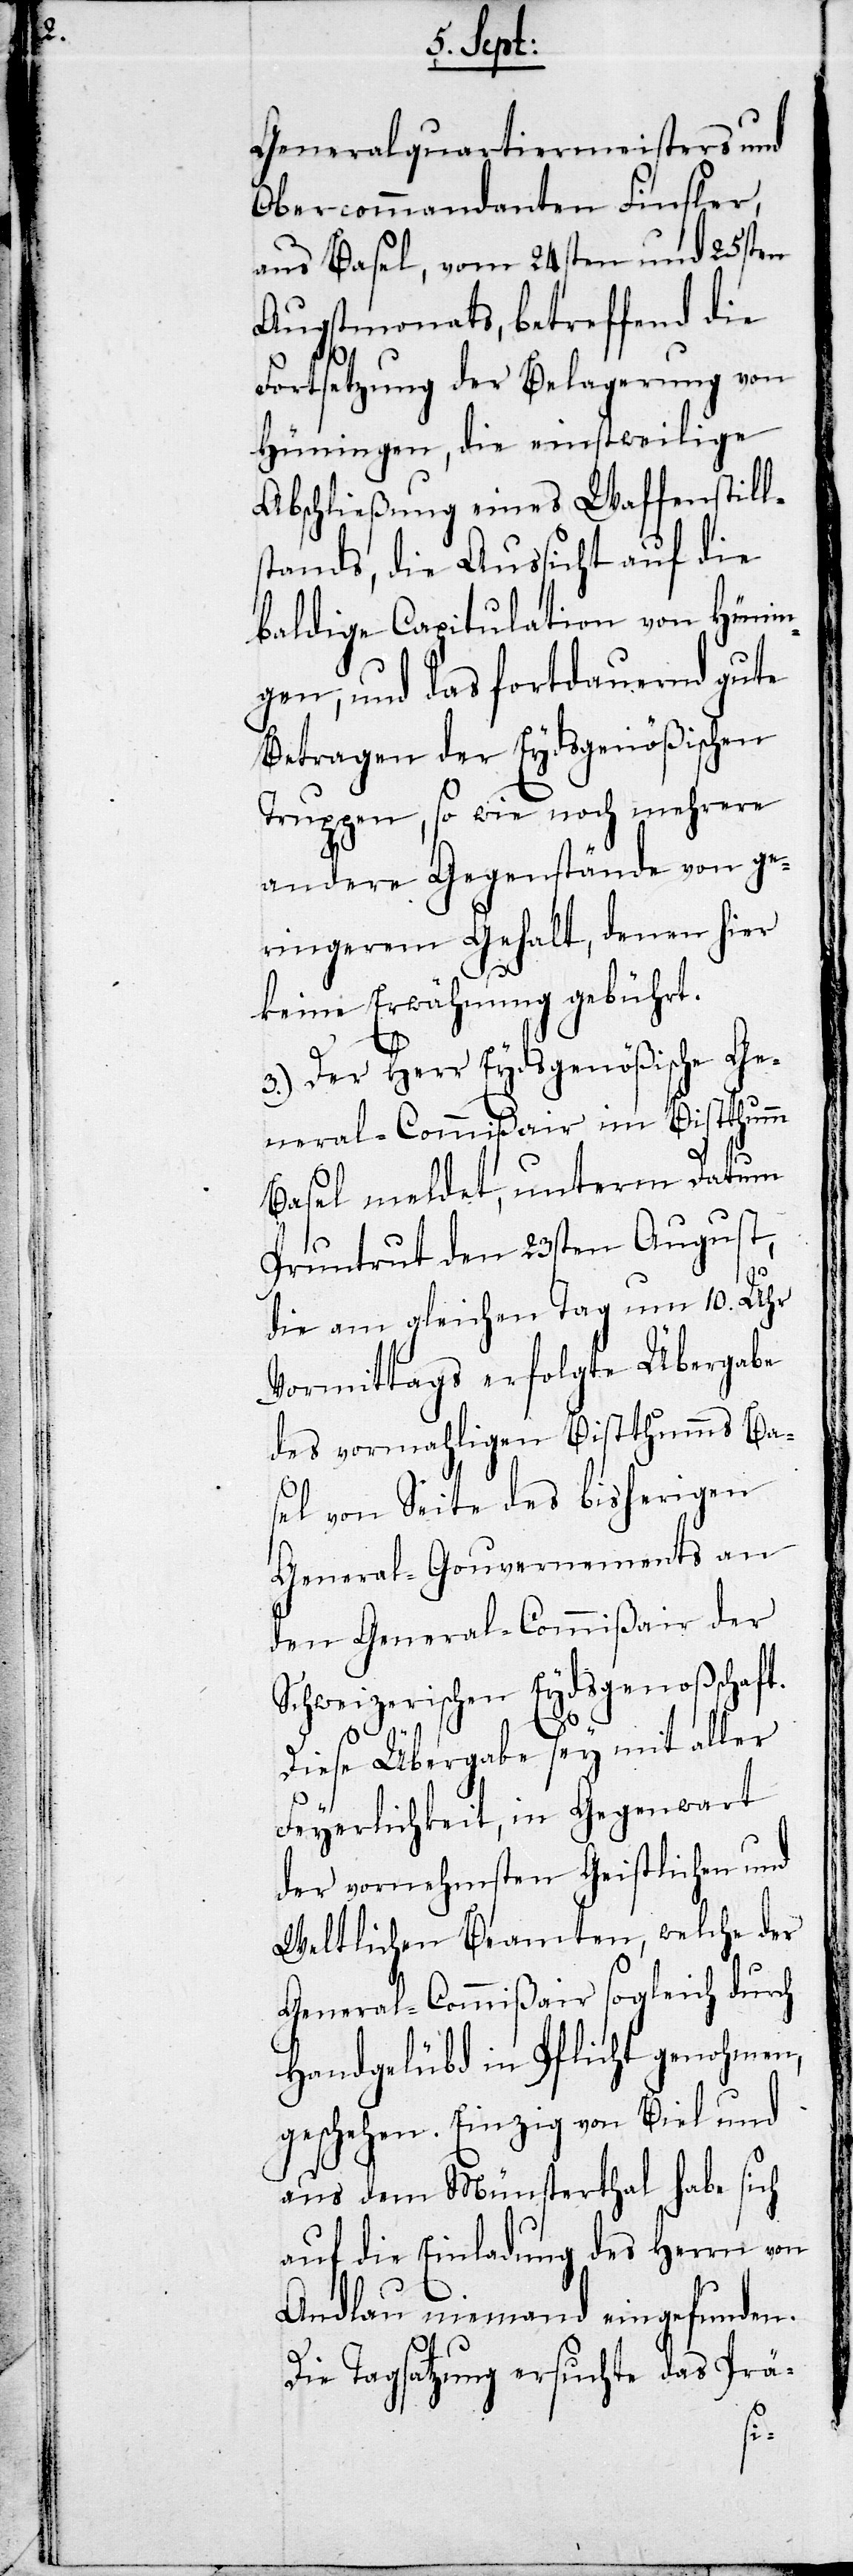
Generalquartiermeisters und
Obercommandanten Finsler,
aus Basel, vom 24sten und 25sten
Augstmonats, betreffend die
Fortsetzung der Belagerung von
Hüningen, die einstweilige
Abschließung eines Waffenstill¬
stands, die Aussicht auf die
baldige Capitulation von Hünin¬
gen, und das fortdauernd gute
Betragen der Eydsgenößischen
Truppen, so wie noch mehrere
andere Gegenstände von ge¬
ringerem Gehalt, denen hier
keine Erwähnung gebührt.
3.) Der Herr Eydsgenößische Ge¬
neral-Commißair im Bistthumm
Basel meldet, unterm Datum
Pruntrut den 23sten August,
die am gleichen Tag um 10. Uhr
Vormittags erfolgte Übergabe
des vormahligen Bistthumms Ba¬
sel von Seite des bisherigen
General-Gouvernements an
den General-Commißair der
Schweizerischen Eydsgenoßschaft.
Diese Übergabe sey mit aller
Feyerlichkeit, in Gegenwart
der vornehmsten Geistlichen und
Weltlichen Beamten, welche der
General-Commißair sogleich durch
Handgelübd in Pflicht genohmen,
geschehen. Einzig von Biel und
aus dem Münsterthal habe sich
auf die Einladung des Herrn von
Andlau niemand eingefunden.
Die Tagsatzung ersuchte das Prä-